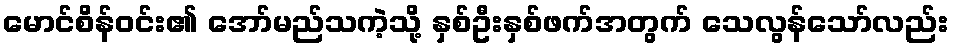
မောင်စိန်ဝင်း၏ အော်မည်သကဲ့သို့ နှစ်ဦးနှစ်ဖက်အတွက် သေလွန်သော်လည်း